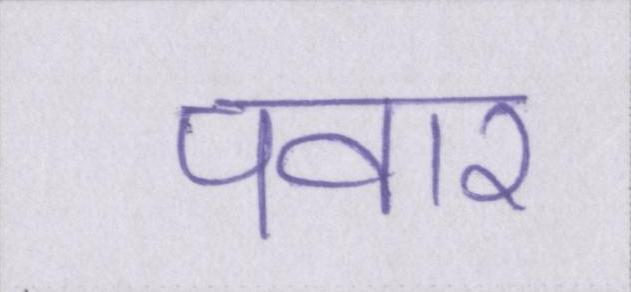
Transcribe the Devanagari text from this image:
पवार